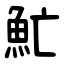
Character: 䰶